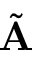
\tilde { \bf A }